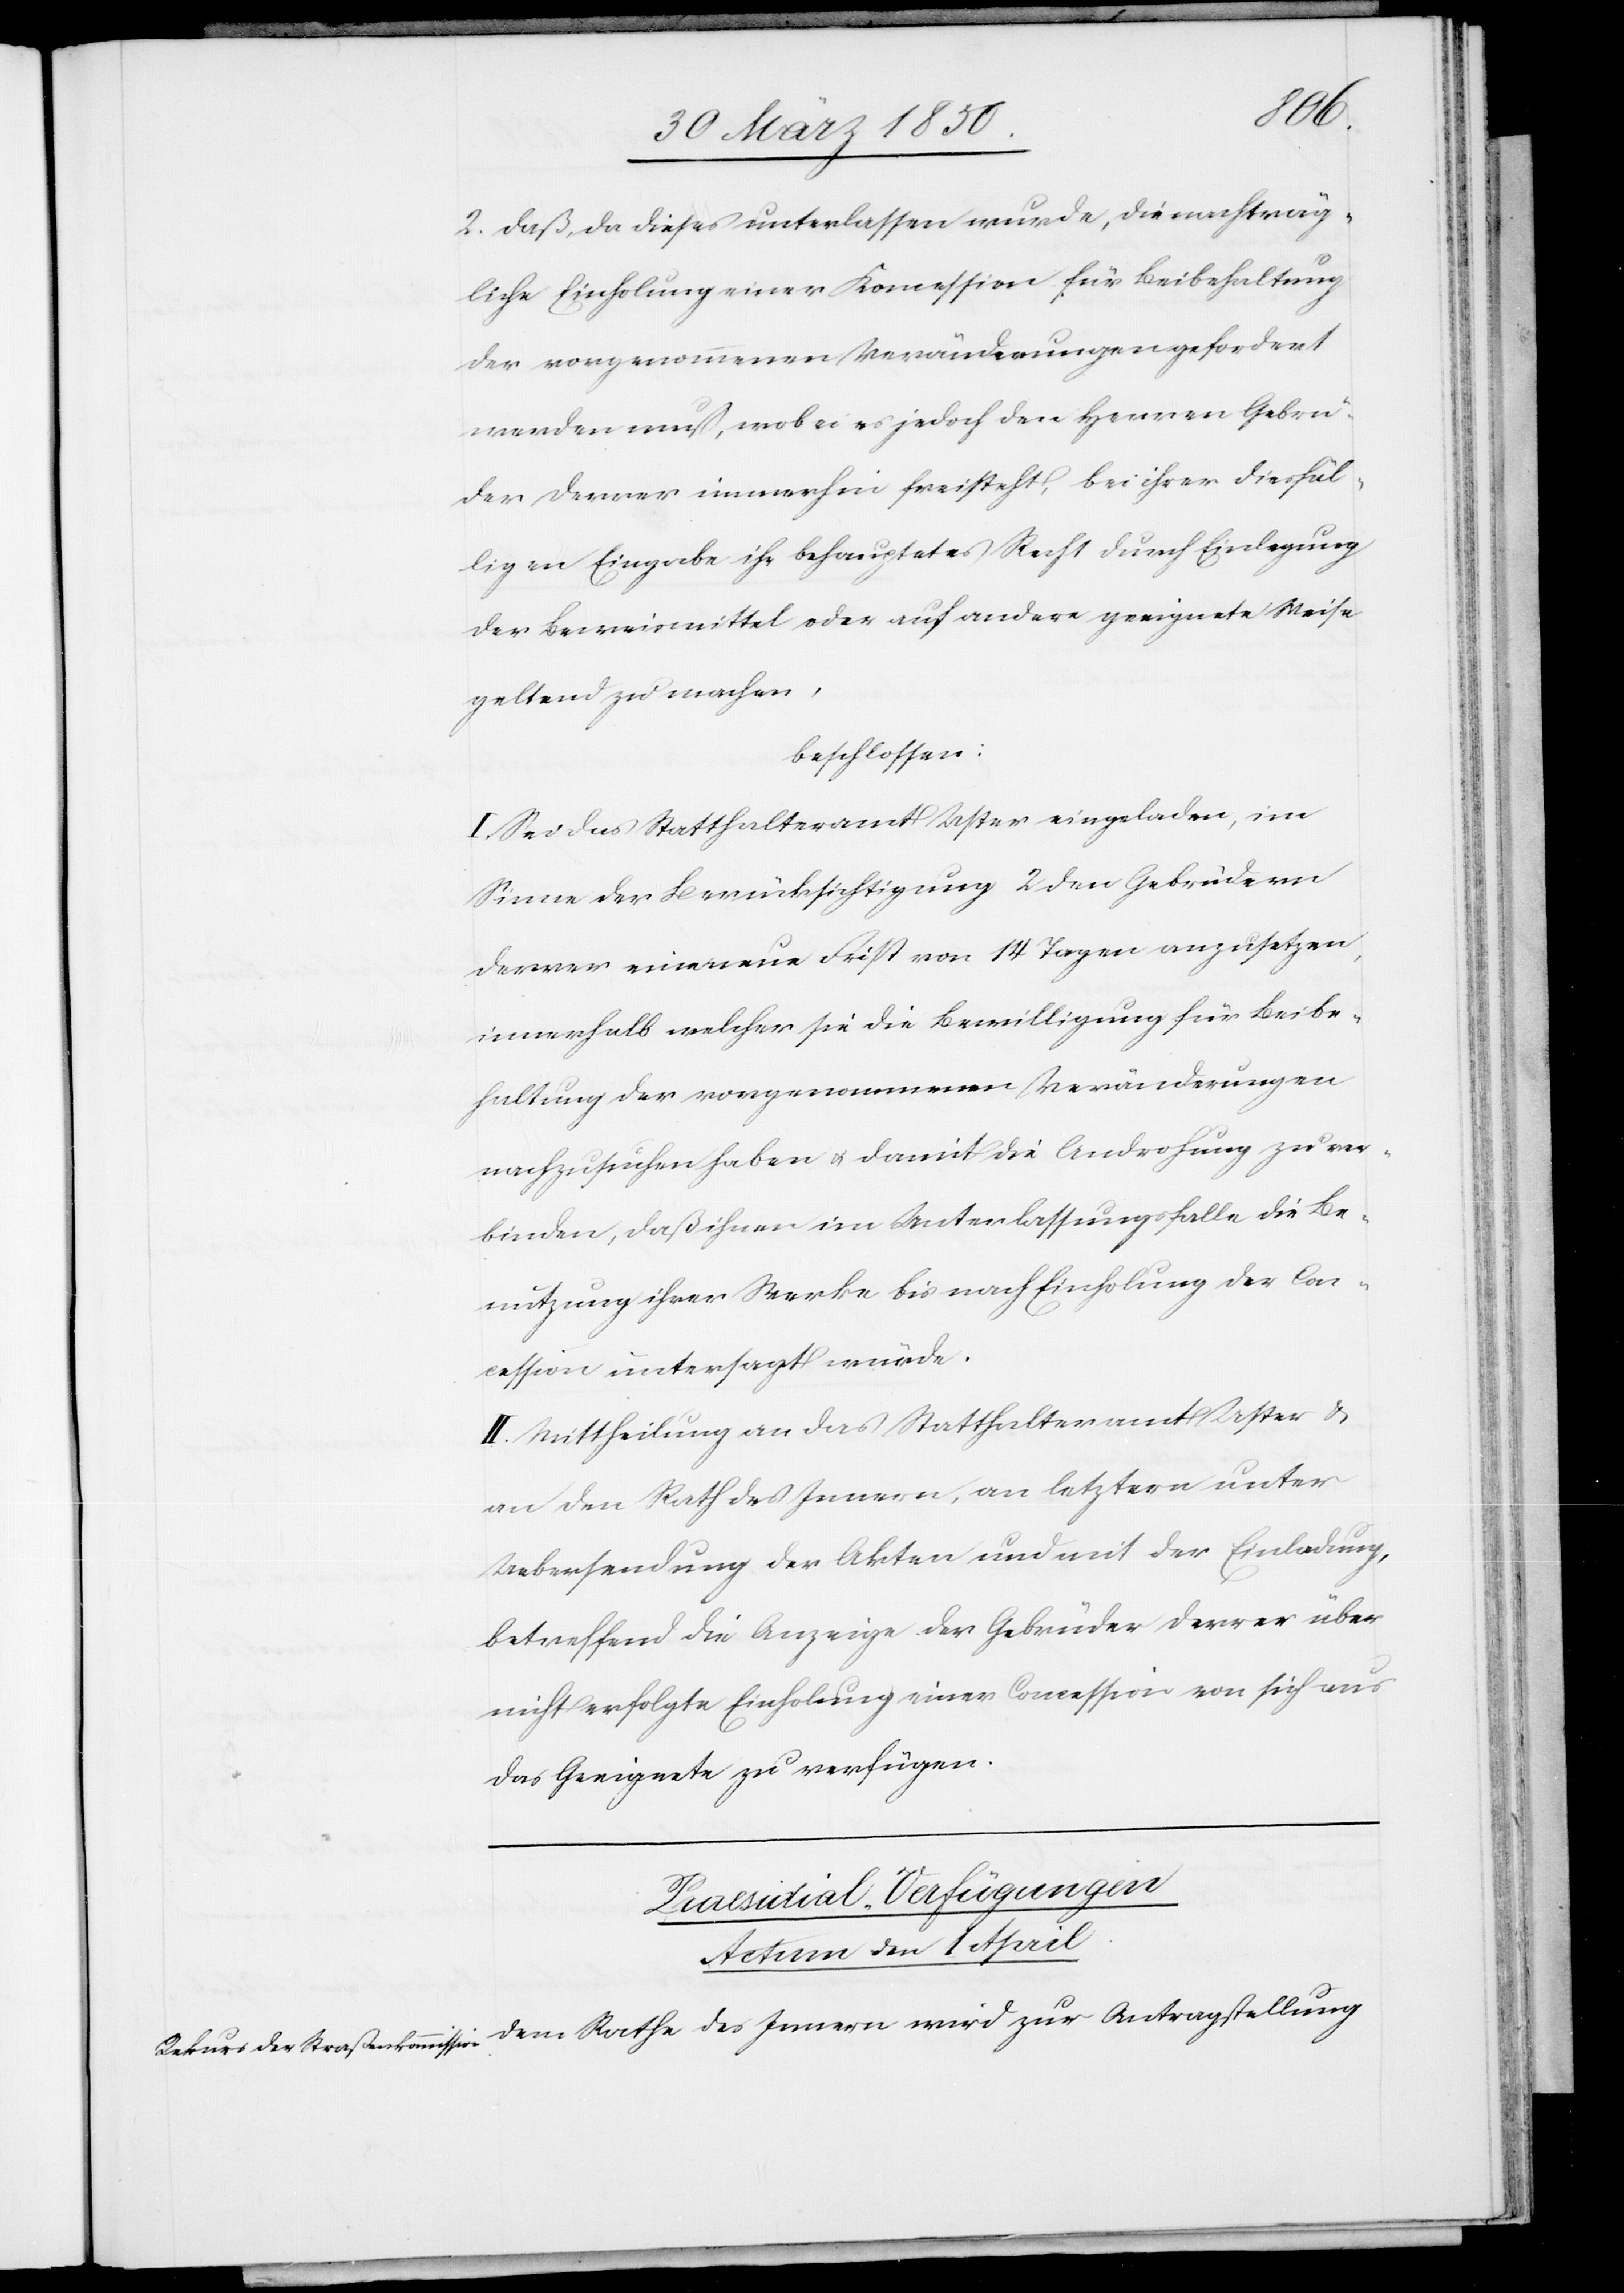
2. daß, da dieses unterlassen wurde, die nachträg¬
liche Einholung einer Koncession für Beibehaltung
der vorgenommenen Veränderungen gefordert
werden muß, wobei es jedoch den Herren Gebrü¬
der Derrer immerhin freisteht, bei ihrer diesfäl¬
ligen Eingabe ihr behauptetes Recht durch Einlegung
der Beweismittel oder auf andere geeignete Weise
geltend zu machen,
beschlossen:
I. Sei das Statthalteramt Uster eingeladen, im
Sinne der Berücksichtigung 2 den Gebrüdern
Derrer eine neue Frist von 14 Tagen anzusetzen,
innerhalb welcher sie die Bewilligung für Beibe¬
haltung der vorgenommenen Veränderungen
nachzusuchen haben u. damit die Androhung zu ver¬
binden, daß ihnen im Unterlassungsfalle die Be¬
nutzung ihrer Werke bis nach Einholung der Con¬
cession untersagt würde.
II. Mittheilung an das Statthalteramt Uster &
an den Rath des Innern, an letztern unter
Uebersendung der Akten und mit der Einladung,
betreffend die Anzeige der Gebrüder Derer über
nicht erfolgte Einholung einer Concession von sich aus
das Geeignete zu verfügen.
Praesidial-Verfügungen
Actum den 1 April